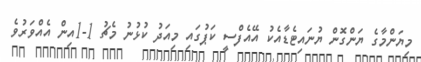
މިޔަންމާގެ ޔަންގޮން ޔުނައިޓެޑާއެކު އޭއެފްސީ ކަޕުގައި މިއަދު ކުޅުނު މެޗު 1-1އިން އެއްވަރުވެ